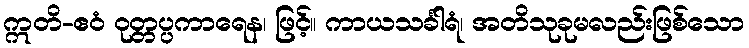
ဣတိ-ဧဝံ ဝုတ္တပ္ပကာရေန၊ ဖြင့်။ ကာယသင်္ခါရံ၊ အတိသုခုမလည်းဖြစ်သော